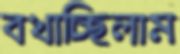
বখাচ্ছিলাম